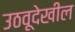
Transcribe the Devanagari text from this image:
उठवूदेखील